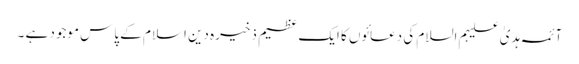
آئمہ ہدیٰ علیہم السلام کی دعائوں کا ایک عظیم ذخیرہ دین اسلام کے پاس موجود ہے ۔